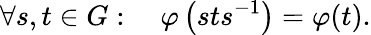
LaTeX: \forall s,t\in G:\quad\varphi\left(sts^{-1}\right)=\varphi(t).